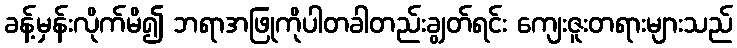
ခန့်မှန်းလိုက်မိ၍ ဘရာအဖြုကိုပါတခါတည်းချွတ်ရင်း ကျေးဇူးတရားများသည်